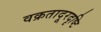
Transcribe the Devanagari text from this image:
वक्रतादूरदृष्टि